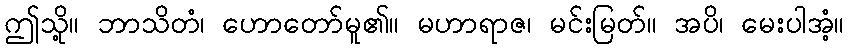
ဤသို့။ ဘာသိတံ၊ ဟောတော်မူ၏။ မဟာရာဇ၊ မင်းမြတ်။ အပိ၊ မေးပါအံ့။